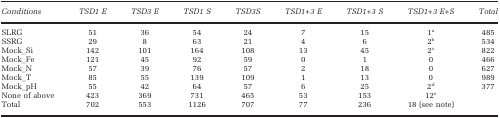
| Conditions | TSD1 E | TSD3 E | TSD1 S | TSD3S | TSD1+3 E | TSD1+3 S | TSD1+3 E+S | Total |
 | --- | --- | --- | --- | --- | --- | --- | --- | --- |
 | SLRG | 51 | 36 | 54 | 24 | 7 | 15 | 1a | 485 |
 | SSRG | 29 | 8 | 63 | 21 | 4 | 6 | 2b | 534 |
 | Mock_Si | 142 | 101 | 164 | 108 | 13 | 45 | 2c | 822 |
 | Mock_Fe | 121 | 45 | 92 | 59 | 0 | 1 | 0 | 466 |
 | Mock_N | 57 | 39 | 76 | 57 | 2 | 18 | 0 | 627 |
 | Mock_T | 85 | 55 | 139 | 109 | 1 | 13 | 0 | 989 |
 | Mock_pH | 55 | 42 | 64 | 57 | 6 | 25 | 2d | 377 |
 | None of above | 423 | 369 | 731 | 465 | 53 | 153 | 12e |  |
 | Total | 702 | 553 | 1126 | 707 | 77 | 236 | 18 (see note) |  |